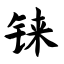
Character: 铼